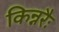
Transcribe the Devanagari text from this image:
किन्नरैः